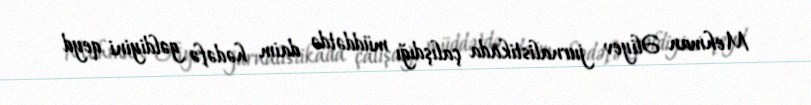
Mehman Əliyev jurnalistikada çalışdığı müddətdə daim hədəfə gəldiyini qeyd